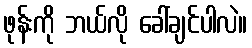
ဖုန်းကို ဘယ်လို ခေါ်ချင်ပါလဲ။